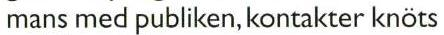
mans med publiken, kontakter knöts